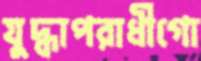
যুদ্ধাপরাধীগো